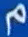
م